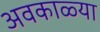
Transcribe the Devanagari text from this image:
अवकाळ्या